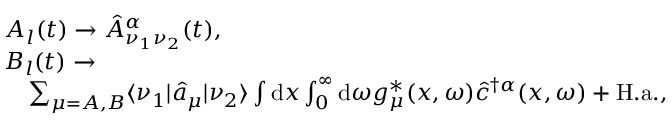
\begin{array} { r l } & { A _ { l } ( t ) \to \hat { A } _ { \nu _ { 1 } \nu _ { 2 } } ^ { \alpha } ( t ) , } \\ & { B _ { l } ( t ) \to } \\ & { \quad \sum _ { \mu = A , B } \langle \nu _ { 1 } | \hat { a } _ { \mu } | \nu _ { 2 } \rangle \int \mathrm { d } x \int _ { 0 } ^ { \infty } \mathrm { d } \omega g _ { \mu } ^ { * } ( x , \omega ) \hat { c } ^ { \dagger \alpha } ( x , \omega ) + \mathrm { H . a . } , } \end{array}